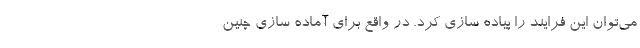
می‌توان این فرایند را پیاده سازی کرد. در واقع برای آماده سازی چنین